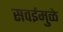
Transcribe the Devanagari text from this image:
सवईमुळे